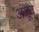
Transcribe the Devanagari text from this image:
अंजूने